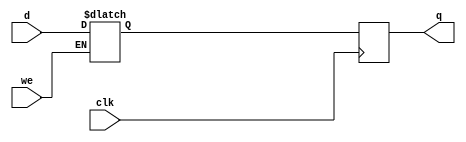
module register(output [N-1:0]q, input [N-1:0]d, input we, input clk);
    parameter N = 32;
    reg [N-1:0]state;
    reg [N-1:0]newState;

    always @(we, d) begin
        if (we)
            newState <= d;
    end

    always @(posedge clk) begin
        state <= newState;
    end

    assign q = state;

endmodule